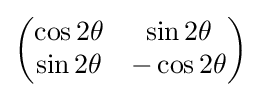
{\begin{pmatrix}\cos 2\theta &\sin 2\theta \\\sin 2\theta &-\cos 2\theta \end{pmatrix}}